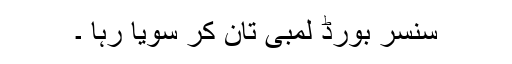
سنسر بورڈ لمبی تان کر سویا رہا ۔